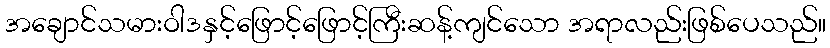
အချောင်သမားဝါဒနှင့်ဖြောင့်ဖြောင့်ကြီးဆန့်ကျင်သော အရာလည်းဖြစ်ပေသည်။